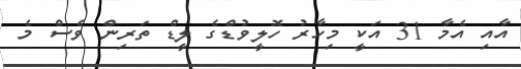
އާއި އެމާ 31 އަކީ މިހާރު ހޮލީވުޑްގެ ލީޑް ތަރިން ވެސް މެ